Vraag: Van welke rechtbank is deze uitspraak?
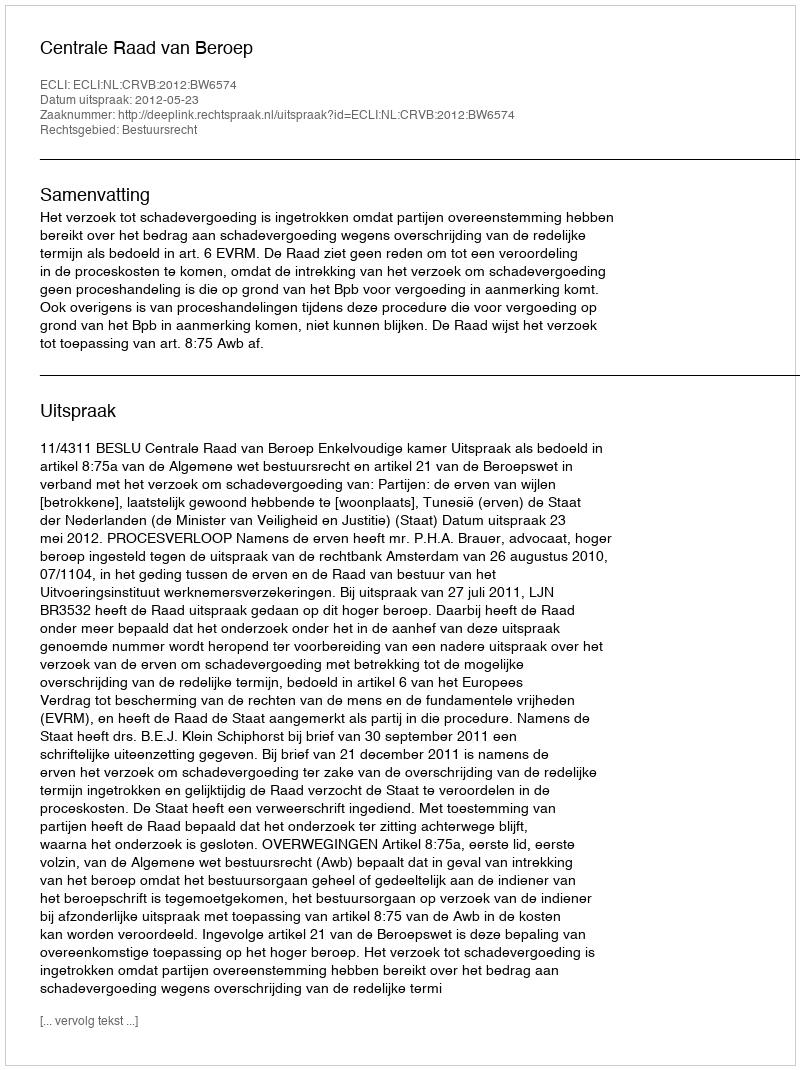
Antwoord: Centrale Raad van Beroep